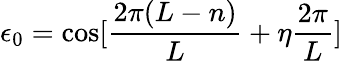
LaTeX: \epsilon_{0}=\cos[\frac{2\pi(L-n)}{L}+\eta\frac{2\pi}{L}]